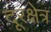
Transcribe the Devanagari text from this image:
दूरक्षेत्र